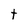
Character: t